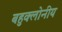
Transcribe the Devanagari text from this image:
बहुक्लोनीय